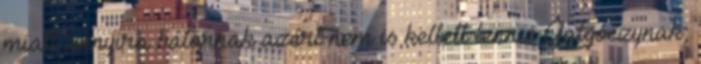
miatt annyira bátornak azért nem is kellett lennie Galgóczynak,